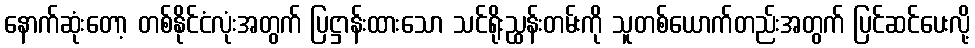
နောက်ဆုံးတော့ တစ်နိုင်ငံလုံးအတွက် ပြဋ္ဌာန်းထားသော သင်ရိုးညွှန်းတမ်းကို သူတစ်ယောက်တည်းအတွက် ပြင်ဆင်ပေးလို့